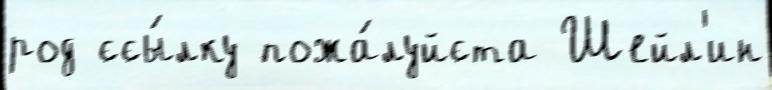
род ссы́лку пожа́луйста Шейл'ин